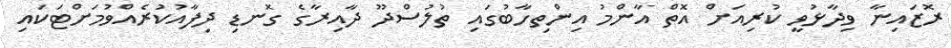
ރޮޒައިނާ ވިދާޅުވީ ކުރިއަށް އޮތް އާންމު އިންތިހާބުގައި ތުލުސްދޫ ދާއިރާގެ ގޮނޑި ދިފާއުކުރެއްވުމަށްޓަކައި